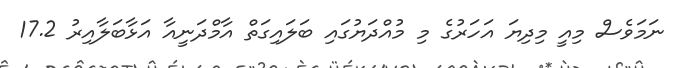
ނަމަވެސް މިއީ މިދިޔަ އަހަރުގެ މި މުއްދަޔުގައި ބަލައިގަތް އާމްދަނީއާ އަޅާބަލާއިރު 17.2